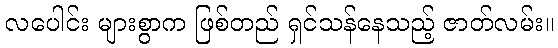
လပေါင်း များစွာက ဖြစ်တည် ရှင်သန်နေသည့် ဇာတ်လမ်း။